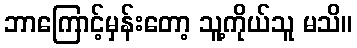
ဘာကြောင့်မှန်းတော့ သူ့ကိုယ်သူ မသိ။